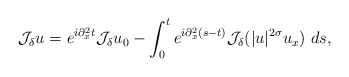
\begin{align*} \mathcal{J}_{\delta}u= e^{i\partial_{x}^{2}t}\mathcal{J}_{\delta}u_{0} -\int_{0}^{t}e^{i\partial_{x}^{2}(s-t)}\mathcal{J}_{\delta}(|u|^{2\sigma}u_{x})\ ds,\end{align*}